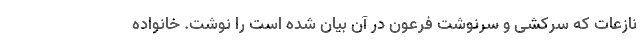
نازعات که سرکشی و سرنوشت فرعون در آن بیان شده است را نوشت. خانواده